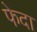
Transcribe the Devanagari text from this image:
फेदा